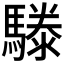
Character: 𩥱